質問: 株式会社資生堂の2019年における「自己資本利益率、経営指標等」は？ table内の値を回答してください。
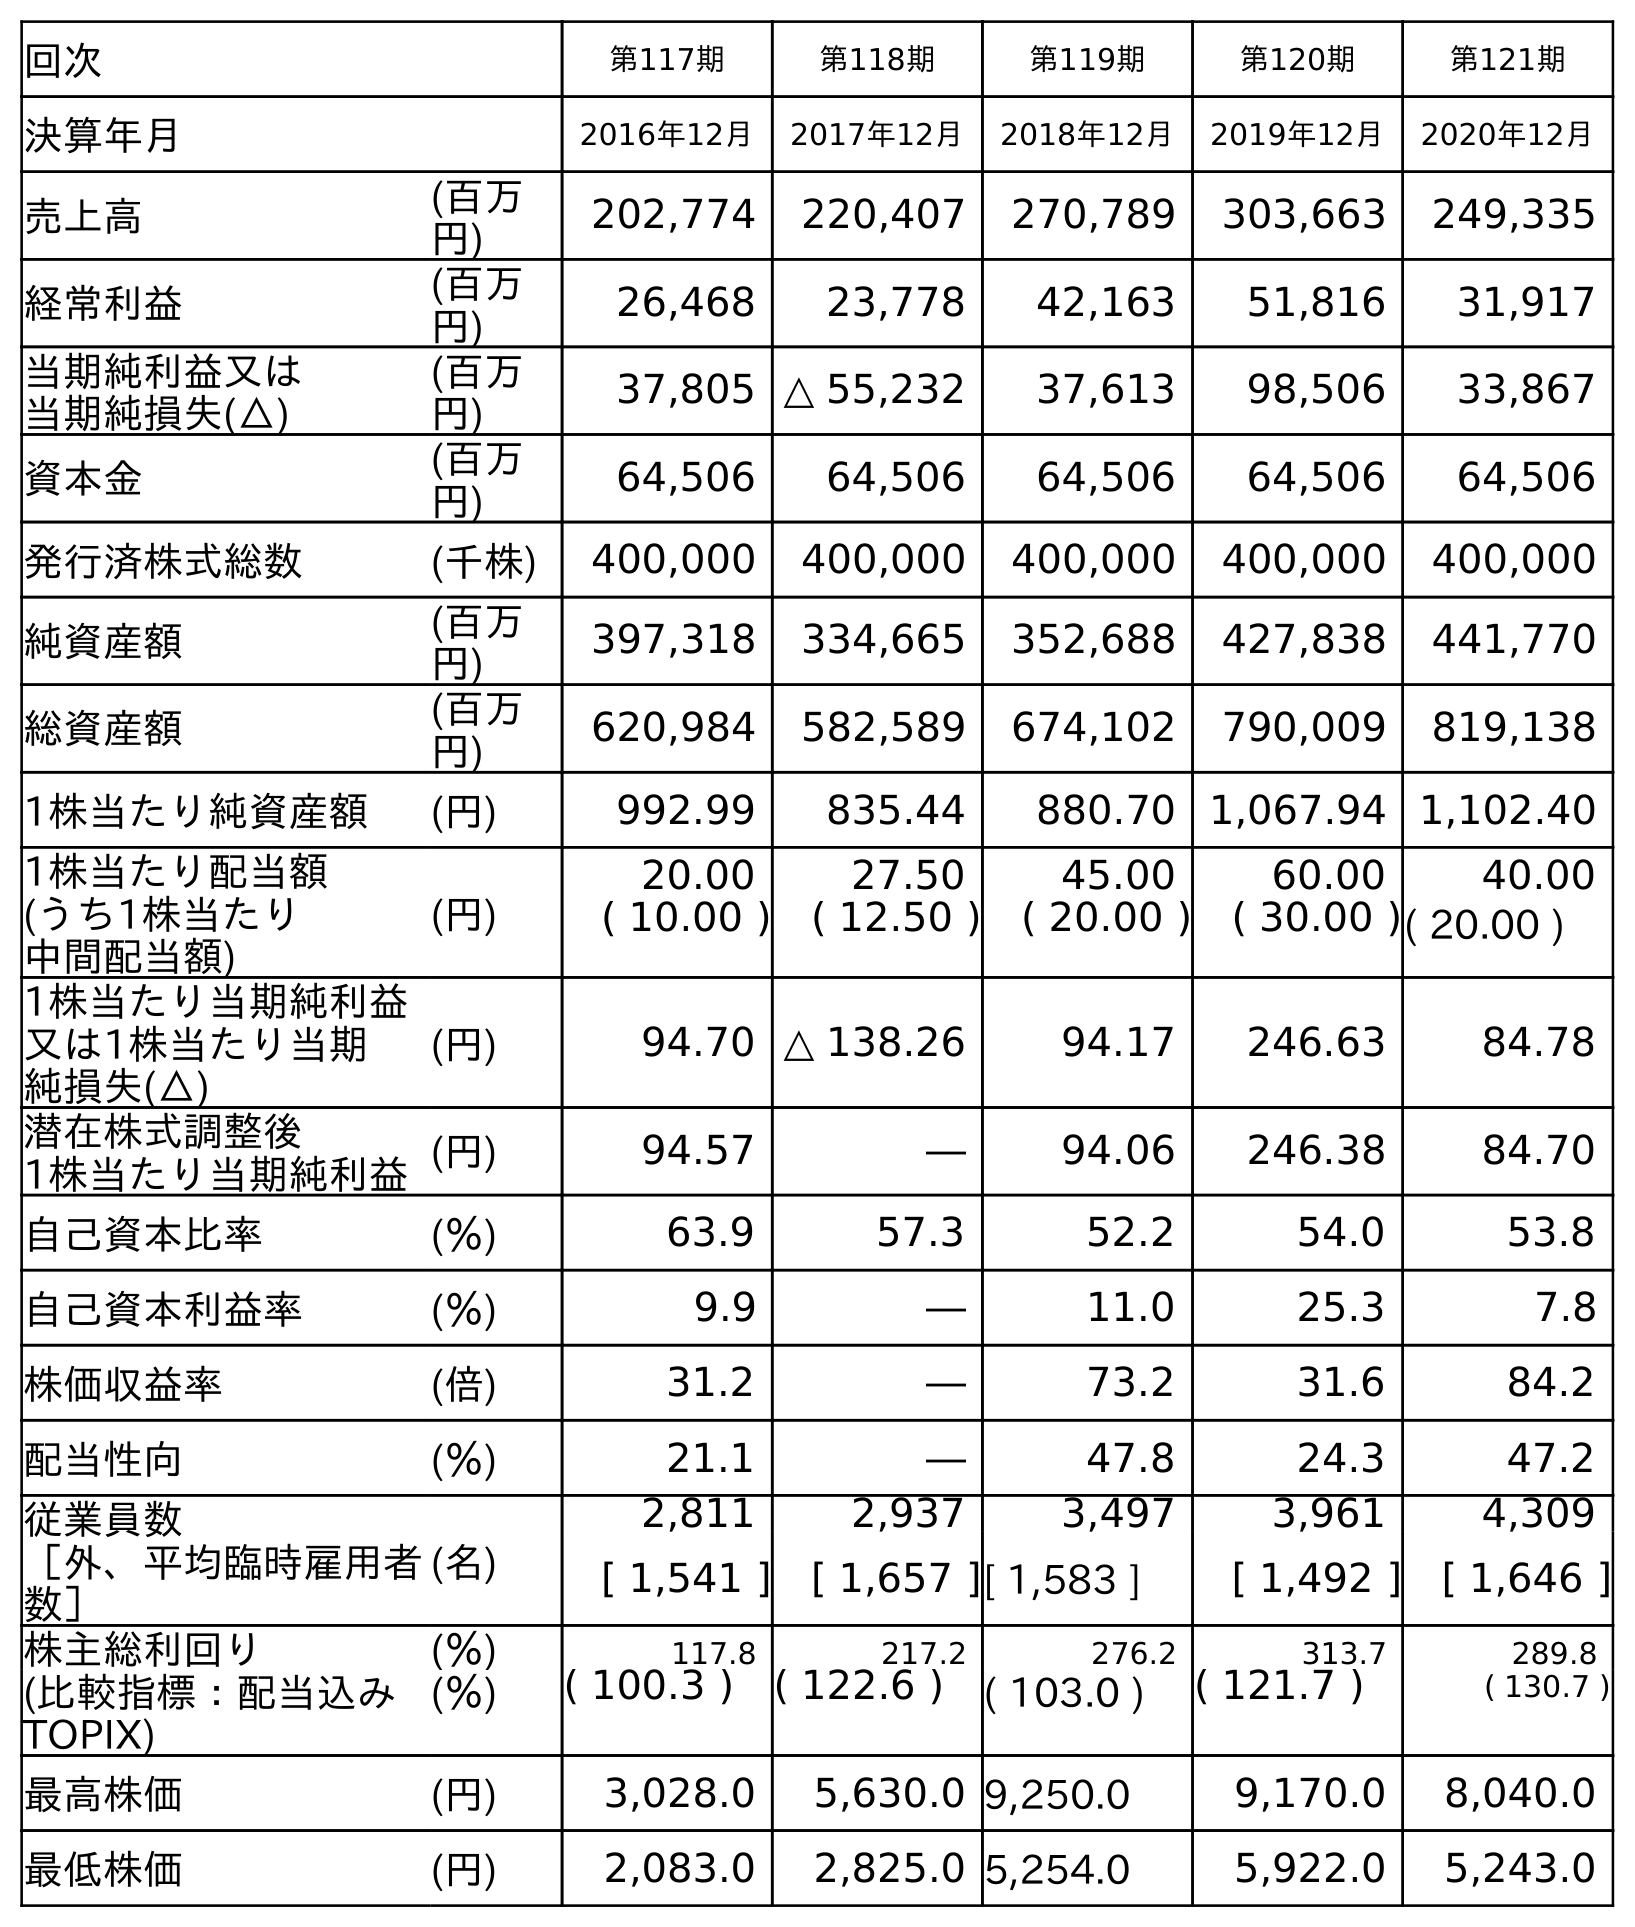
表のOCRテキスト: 回次 第117期 第118期 第119期 第120期 第121期 決算年月 2016年12月 2017年12月 2018年12月 2019年12月 2020年12月 売上高 (百万 円) 202,774 220,407 270,789 303,663 249,335 経常利益 (百万 円) 26,468 23,778 42,163 51,816 31,917 当期純利益又は 当期純損失(△) (百万 円) 37,805 △ 55,232 37,613 98,506 33,867 資本金 (百万 円) 64,506 64,506 64,506 64,506 64,506 発行済株式総数 (千株) 400,000 400,000 400,000 400,000 400,000 純資産額 (百万 円) 397,318 334,665 352,688 427,838 441,770 総資産額 (百万 円) 620,984 582,589 674,102 790,009 819,138 1株当たり純資産額 (円) 992.99 835.44 880.70 1,067.94 1,102.40 1株当たり配当額 (うち1株当たり 中間配当額) (円) 20.00 27.50 45.00 60.00 40.00 ( 10.00 ) ( 12.50 ) ( 20.00 ) ( 30.00 )( 20.00 ) 1株当たり当期純利益 又は1株当たり当期 純損失(△) (円) 94.70 △ 138.26 94.17 246.63 84.78 潜在株式調整後 1株当たり当期純利益(円) 94.57 ― 94.06 246.38 84.70 自己資本比率 (％) 63.9 57.3 52.2 54.0 53.8 自己資本利益率 (％) 9.9 ― 11.0 25.3 7.8 株価収益率 (倍) 31.2 ― 73.2 31.6 84.2 配当性向 (％) 21.1 ― 47.8 24.3 47.2 従業員数 ［外、平均臨時雇用者 数］ (名) 2,811 2,937 3,497 3,961 4,309 [ 1,541 ] [ 1,657 ][ 1,583 ] [ 1,492 ] [ 1,646 ] 株主総利回り (％) 117.8 217.2 276.2 313.7 289.8 (比較指標：配当込み TOPIX) (％) ( 100.3 ) ( 122.6 ) ( 103.0 ) ( 121.7 ) ( 130.7 ) 最高株価 (円) 3,028.0 5,630.0 9,250.0 9,170.0 8,040.0 最低株価 (円) 2,083.0 2,825.0 5,254.0 5,922.0 5,243.0
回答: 25.3